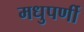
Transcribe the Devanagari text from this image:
मधुपर्णी